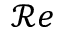
\mathcal { R } e